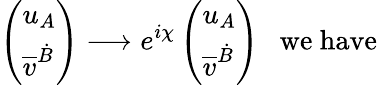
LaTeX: \left(\begin{array}{l}{{u_{A}}}\\ {{\overline{{{v}}}^{\dot{B}}}}\end{array}\right)\longrightarrow e^{i\chi}\left(\begin{array}{l}{{u_{A}}}\\ {{\overline{{{v}}}^{\dot{B}}}}\end{array}\right)\ \ \ \mathrm{we~have}